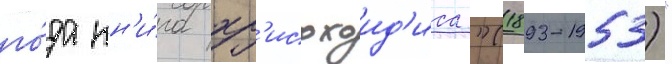
го́да кн'и́га хр'исохоид'иса "(1893-1953)"